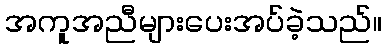
အကူအညီများပေးအပ်ခဲ့သည်။